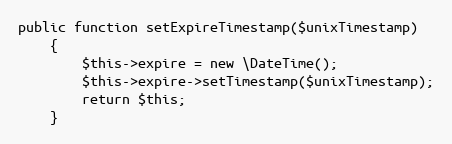
Language: PHP
public function setExpireTimestamp($unixTimestamp)
    {
        $this->expire = new \DateTime();
        $this->expire->setTimestamp($unixTimestamp);
        return $this;
    }